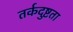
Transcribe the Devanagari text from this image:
तर्कदुष्टता